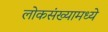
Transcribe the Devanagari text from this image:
लोकसंख्यामध्ये